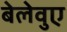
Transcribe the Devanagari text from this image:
बेलेवुए